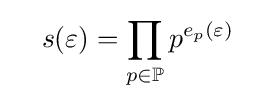
\quad s(\varepsilon )=\prod _{p\in \mathbb {P} }p^{e_{p}(\varepsilon )}\